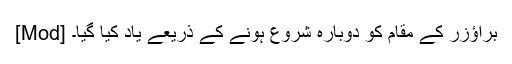
[Mod] براؤزر کے مقام کو دوبارہ شروع ہونے کے ذریعے یاد کیا گیا۔